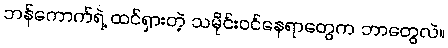
ဘန်ကောက်ရဲ့ ထင်ရှားတဲ့ သမိုင်းဝင်နေရာတွေက ဘာတွေလဲ။